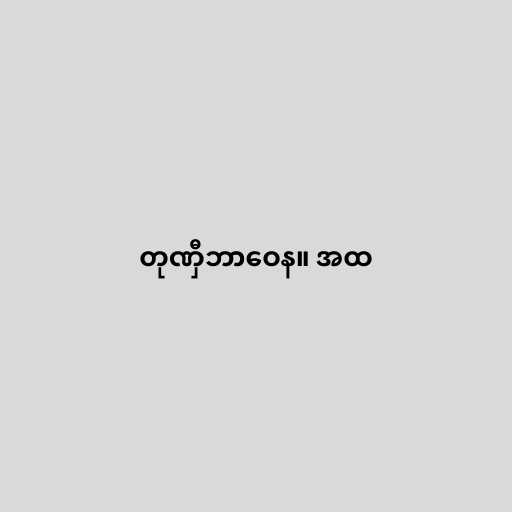
တုဏှီဘာဝေန။ အထ